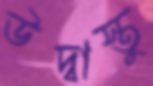
উদ্বাস্তু